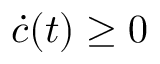
\dot { c } ( t ) \geq 0